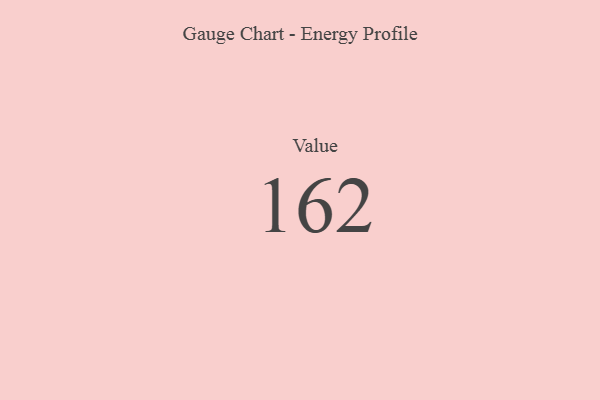
{"axis": {"x": "Metric", "y": "Value"}, "legend": [""], "data": [{"x": "Value", "y": 162, "type": ""}]}